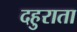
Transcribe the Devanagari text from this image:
दहुराता